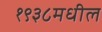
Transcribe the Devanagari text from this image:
१९३८मधील